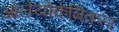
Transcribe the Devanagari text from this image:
ओलेयोकेमिकल